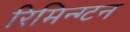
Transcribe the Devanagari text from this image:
रिमिन्ग्टन